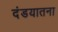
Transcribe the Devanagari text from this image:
दंडयातना